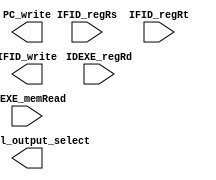
module Hazard_detection(
input [4:0] IFID_regRs,
input [4:0] IFID_regRt,
input [4:0] IDEXE_regRd,
input IDEXE_memRead,
output PC_write,
output IFID_write,
output control_output_select
);


endmodule